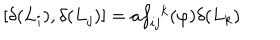
\lbrack \delta ( L _ { i } ) , \delta ( L _ { j } ) ] = a f _ { i j } ^ { \ \ k } ( \varphi ) \delta ( L _ { k } )